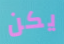
يكن